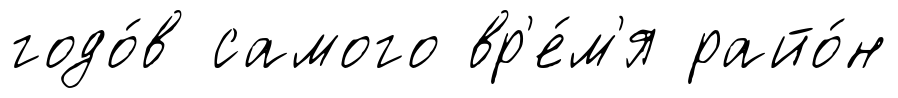
годо́в самого вр'е́м'я райо́н